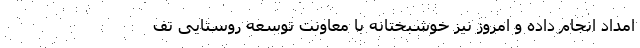
امداد انجام داده و امروز نیز خوشبختانه با معاونت توسعه روستایی تف